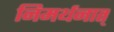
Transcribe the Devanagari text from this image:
निमर्थनात्